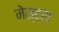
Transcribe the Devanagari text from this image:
मेस्ट्रा